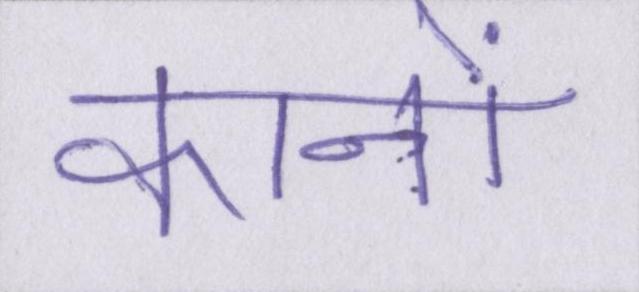
कानों